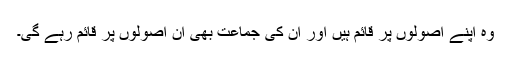
وہ اپنے اصولوں پر قائم ہیں اور ان کی جماعت بھی ان اصولوں پر قائم رہے گی۔